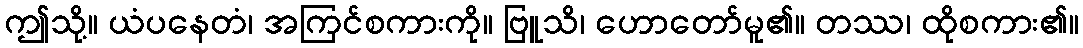
ဤသို့။ ယံပနေတံ၊ အကြင်စကားကို။ ဗြူသိ၊ ဟောတော်မူ၏။ တဿ၊ ထိုစကား၏။